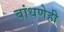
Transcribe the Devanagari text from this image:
बांधणेही